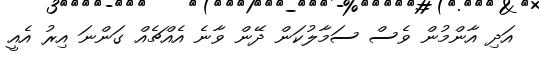
އަދި އާންމުން ވެސް ސަމާލުކަން ދޭން ވާނެ އެއްޗެއް ގަންނަ އިރު އެއީ